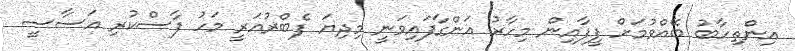
އިންތިހާބު ބޭއްވުމަށް ފީފާއިން މިހާރު އަންގާފައިވަނީ މިދިޔަ ފެބްރުއަރީ މަހު ފާސްކުރި އަސާސީ